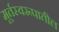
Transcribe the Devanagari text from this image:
मूर्तस्वरूपातील